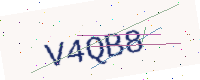
Text: V4QB8